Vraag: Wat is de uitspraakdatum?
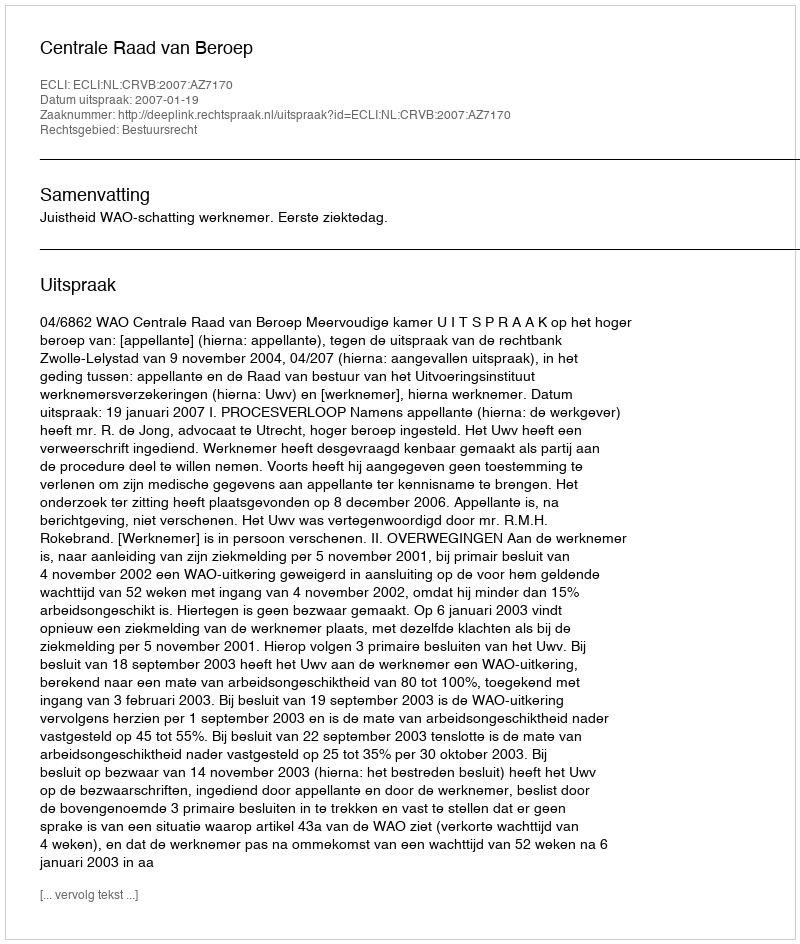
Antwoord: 2007-01-19